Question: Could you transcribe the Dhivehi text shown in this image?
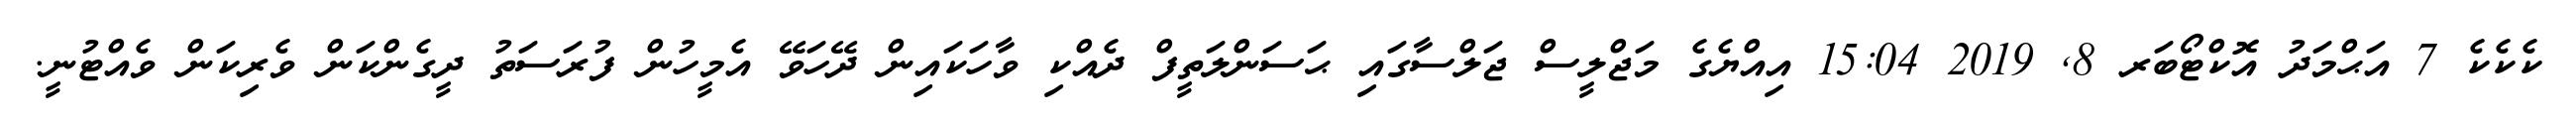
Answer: ކެކެކެ 7 އަޙްމަދު އޮކްޓޯބަރ 8, 2019 15:04 އިއްޔެގެ މަޖްލީސް ޖަލްސާގައި ޙަސަންލަތީފް ދެއްކި ވާހަކައިން ދޭހަވޭ އެމީހުން ފުރަސަތު ދީގެންކަން ވެރިކަން ވެއްޓުނީ.